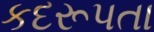
કદરૂપતા